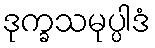
ဒုက္ခသမုပ္ပါဒံ